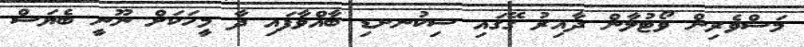
މަސްވެރިން ވޯޓުލާން ދާއިރު ގޭގައި ސިކުނށޑި ބާއްވާފައި ދާ މީހަކަށް ނޫނީ ބެޔަސް